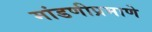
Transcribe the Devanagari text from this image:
मांडणीप्रमाणे